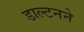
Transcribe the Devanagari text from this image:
डाल्टनने